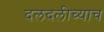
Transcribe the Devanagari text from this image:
दलदलीच्याच